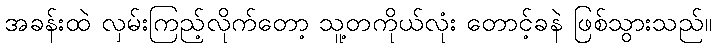
အခန်းထဲ လှမ်းကြည့်လိုက်တော့ သူ့တကိုယ်လုံး တောင့်ခနဲ ဖြစ်သွားသည်။